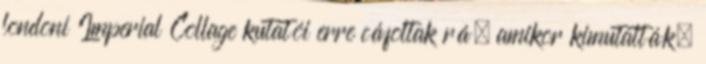
londoni Imperial Collage kutatói erre cáfoltak rá, amikor kimutatták,